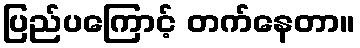
ပြည်ပကြောင့် တက်နေတာ။